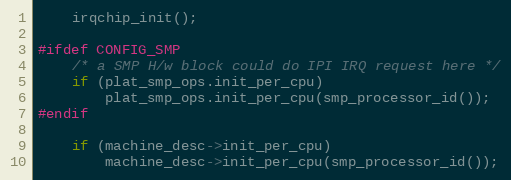
Language: C
	irqchip_init();

#ifdef CONFIG_SMP
	/* a SMP H/w block could do IPI IRQ request here */
	if (plat_smp_ops.init_per_cpu)
		plat_smp_ops.init_per_cpu(smp_processor_id());
#endif

	if (machine_desc->init_per_cpu)
		machine_desc->init_per_cpu(smp_processor_id());